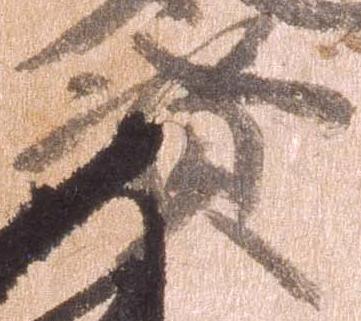
資